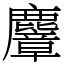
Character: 麞